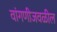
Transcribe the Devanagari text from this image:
वांगणीजवळील